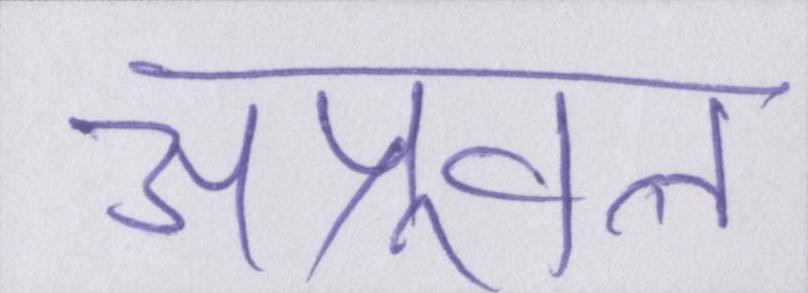
अप्रूवल